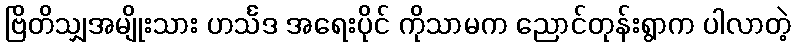
ဗြိတိသျှအမျိုးသား ဟင်္သဒ အရေးပိုင် ကိုသာမက ညောင်တုန်းရွာက ပါလာတဲ့